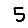
Digit: 5